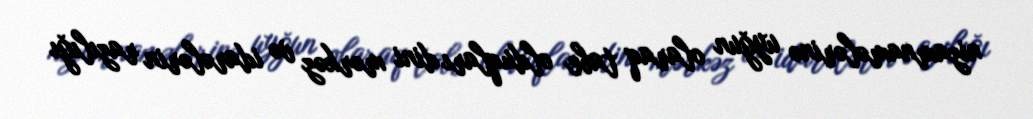
nizamnamələrinə uyğun olaraq tabe olduqları dini mərkəz və idarələrin razılığı